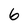
Character: 6